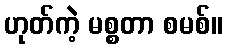
ဟုတ်ကဲ့ မစ္စတာ စမစ်။